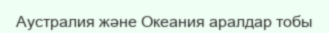
Аустралия және Океания аралдар тобы